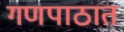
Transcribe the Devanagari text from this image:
गणपाठात